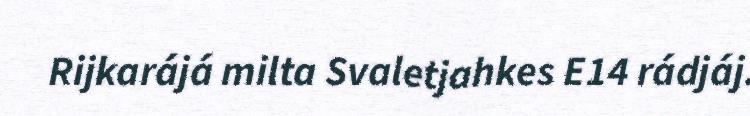
Rijkarájá milta Svaletjahkes E14 rádjáj.